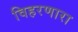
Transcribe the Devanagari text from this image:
विहरणारा